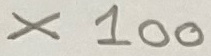
Text: x100